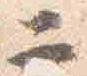
二